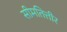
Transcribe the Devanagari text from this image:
सीमतित्तीर